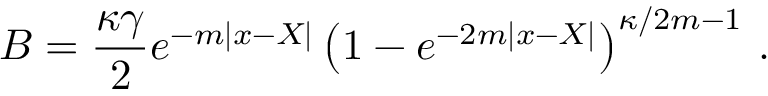
B = { \frac { \kappa \gamma } { 2 } } e ^ { - m | x - X | } \left( 1 - e ^ { - 2 m | x - X | } \right) ^ { \kappa / 2 m - 1 } \, .